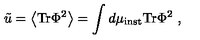
\tilde { u } = \left< \mathrm { T r } \Phi ^ { 2 } \right> = \int d \mu _ { \mathrm { i n s t } } \mathrm { T r } \Phi ^ { 2 } \ ,